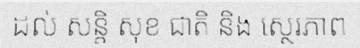
ដល់ សន្តិ សុខ ជាតិ និង ស្ថេរភាព